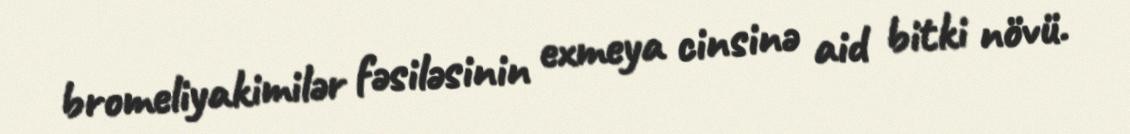
bromeliyakimilər fəsiləsinin exmeya cinsinə aid bitki növü.